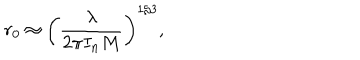
r _ { 0 } \approx \left( \frac { \lambda } { 2 \pi I _ { n } M } \right) ^ { 1 / 3 } ,